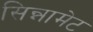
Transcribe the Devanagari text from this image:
सिन्नामेट